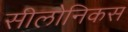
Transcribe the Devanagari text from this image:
सीलोनिकस